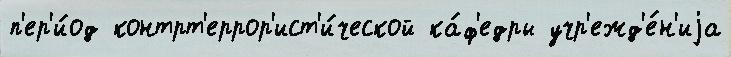
п'ер'и́од контрт'еррор'ист'и́ческой ка́ф'едры учр'ежд'е́н'иjа